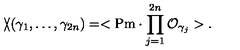
\backslash \! \! \! \slash ( \gamma _ { 1 } , \ldots , \gamma _ { 2 n } ) = < \mathrm { P m } \cdot \prod _ { j = 1 } ^ { 2 n } { \cal O } _ { \gamma _ { j } } > .